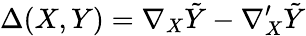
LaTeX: \Delta(X,Y)=\nabla_{X}{\tilde{Y}}-\nabla_{X}^{\prime}{\tilde{Y}}